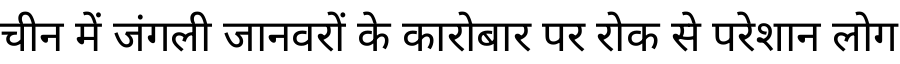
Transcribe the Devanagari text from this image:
चीन में जंगली जानवरों के कारोबार पर रोक से परेशान लोग